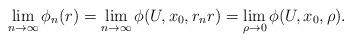
LaTeX: \begin{align*}\lim_{n\to\infty}\phi_n(r)=\lim_{n\to\infty}\phi(U,x_0,r_n r)=\lim_{\rho\to0}\phi(U,x_0,\rho).\end{align*}